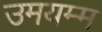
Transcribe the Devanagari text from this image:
उमयम्म